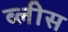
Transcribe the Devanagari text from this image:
ब्लीस